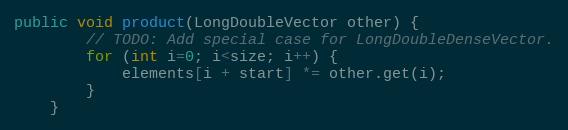
Language: Java
public void product(LongDoubleVector other) {
        // TODO: Add special case for LongDoubleDenseVector.
        for (int i=0; i<size; i++) {
            elements[i + start] *= other.get(i);
        }
    }